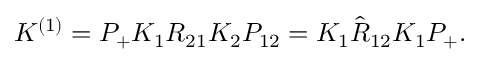
K ^ { ( 1 ) } = P _ { + } K _ { 1 } R _ { 2 1 } K _ { 2 } { \cal P } _ { 1 2 } = K _ { 1 } \hat { R } _ { 1 2 } K _ { 1 } P _ { + } .